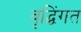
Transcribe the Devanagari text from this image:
वृद्घिंगत